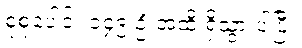
စုစုပေါင်း ၁၄၉ ဦးအထိ ရှိသွားပါပြီ။